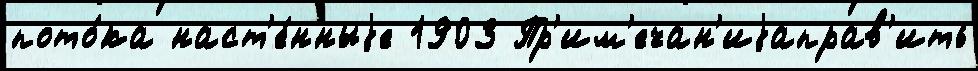
пото́ка наст'е́нныjе 1903 Пр'им'ечан'иjаправ'ить